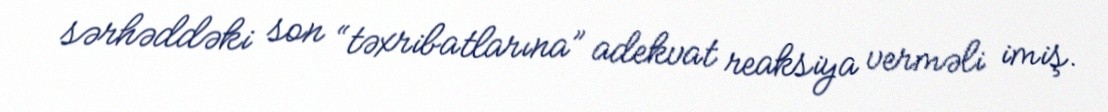
sərhəddəki son “təxribatlarına” adekvat reaksiya verməli imiş.